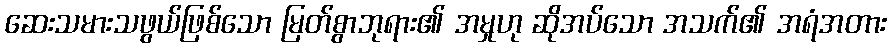
ဆေးသမားသဖွယ်ဖြစ်သော မြတ်စွာဘုရား၏ အမှုဟု ဆိုအပ်သော အသက်၏ အရံအတား